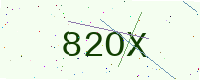
Text: 82OX